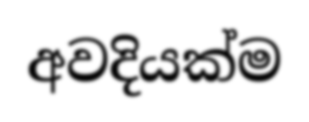
අවදියක්ම